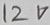
Text: 12V